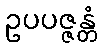
ဥပပဇ္ဇန္တံ